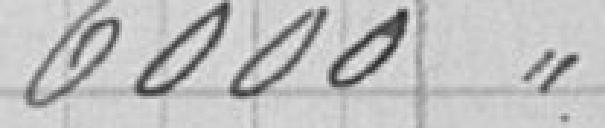
6000